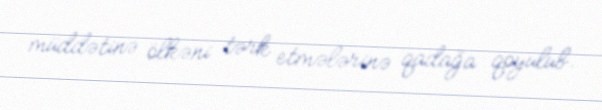
müddətinə ölkəni tərk etmələrinə qadağa qoyulub.